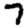
Digit: 7